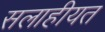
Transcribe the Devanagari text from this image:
सलाहीयत